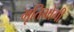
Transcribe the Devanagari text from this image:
भृतिभोगी